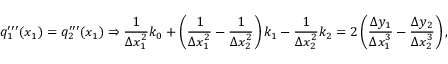
q _ { 1 } ^ { \prime \prime \prime } ( x _ { 1 } ) = q _ { 2 } ^ { \prime \prime \prime } ( x _ { 1 } ) \Rightarrow { \frac { 1 } { \Delta x _ { 1 } ^ { 2 } } } k _ { 0 } + \left( { \frac { 1 } { \Delta x _ { 1 } ^ { 2 } } } - { \frac { 1 } { \Delta x _ { 2 } ^ { 2 } } } \right) k _ { 1 } - { \frac { 1 } { \Delta x _ { 2 } ^ { 2 } } } k _ { 2 } = 2 \left( { \frac { \Delta y _ { 1 } } { \Delta x _ { 1 } ^ { 3 } } } - { \frac { \Delta y _ { 2 } } { \Delta x _ { 2 } ^ { 3 } } } \right) ,